画像に写った文字を読んでください
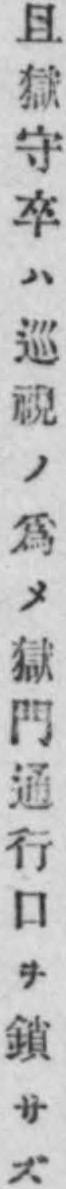
「且獄守卒ハ巡視ノ爲メ獄門通行口ヲ鎖サズ」と書いてあります